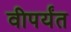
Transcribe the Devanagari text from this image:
वीपर्यंत